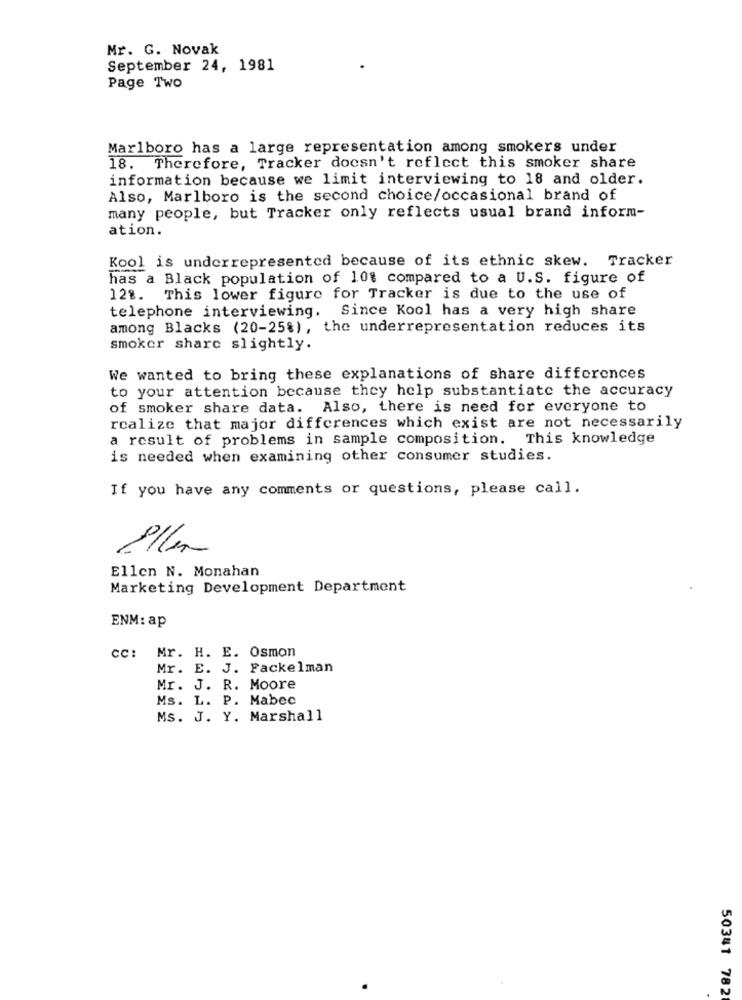
Mr. G. Novak
September 24, 1981
Page Two
Marlboro has a large representation among smokers under
18. Therefore, Tracker doesn't reflect this smoker share
information because we limit interviewing to 18 and older.
Also, Marlboro is the second choice/occasional brand of
many people, but Tracker only reflects usual brand inform-
ation.
Kool is underrepresented because of its ethnic skew. Tracker
has a Black population of 10% compared to a U.S. figure of
128. This lower figure for Tracker is due to the use of
telephone interviewing. Since Kool has a very high share
among Blacks (20-25%), the underrepresentation reduces its
smoker share slightly.
We wanted to bring these explanations of share differences
to your attention because they help substantiate the accuracy
of smoker share data. Also, there is need for everyone to
realize that major differences which exist are not necessarily
a result of problems in sample composition. This knowledge
is needed when examining other consumer studies.
If you have any comments or questions, please call.
Ellen N. Monahan
Marketing Development Department
ENM: ap
cc: Mr. H. E. Osmon
Mr. E. J. Fackelman
Mr. J. R. Moore
Ms. L. P. Mabec
Ms. J. Y. Marshall
50341 782